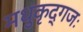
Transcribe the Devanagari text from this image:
मधुकृद्गजः